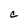
Character: c